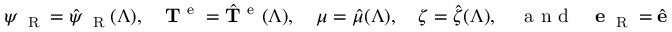
\psi _ { \mathrm { ~ \tiny ~ R ~ } } = \hat { \psi } _ { \mathrm { ~ \tiny ~ R ~ } } ( \Lambda ) , \quad { \bf T } ^ { \mathrm { ~ e ~ } } = \hat { { \bf T } } ^ { \mathrm { ~ e ~ } } ( \Lambda ) , \quad \mu = \hat { \mu } ( \Lambda ) , \quad \boldsymbol { \zeta } = \hat { \boldsymbol { \zeta } } ( \Lambda ) , \quad \mathrm { ~ a ~ n ~ d ~ } \quad { \bf e } _ { \mathrm { ~ \tiny ~ R ~ } } = \hat { { \bf e } } _ { \mathrm { ~ \tiny ~ R ~ } } ( \Lambda ) ,